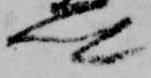
卿